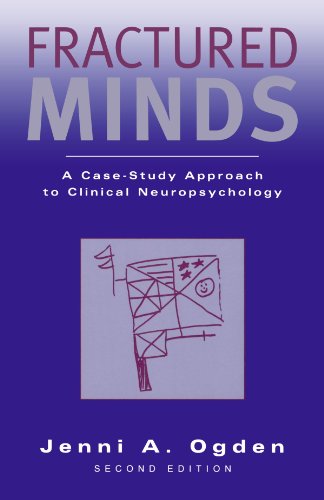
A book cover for Fractured Minds: A Case-Study Approach to Clinical Neuropsychology; Jenni Ogden; Medical Books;